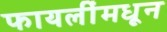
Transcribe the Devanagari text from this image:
फायलींमधून